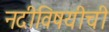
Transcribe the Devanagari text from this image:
नदीविषयीची